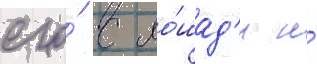
его́ с ло́шад'и и́